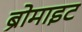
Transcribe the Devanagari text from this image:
ब्रोमाइट